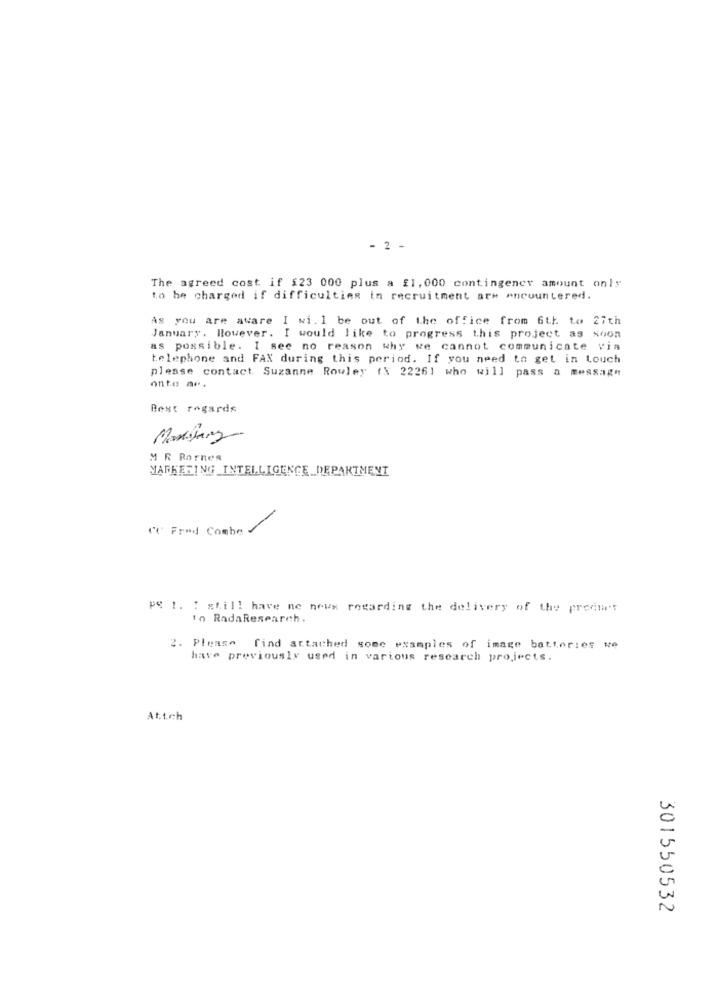
- 2 -
The agreed cost if $23 000 plus a £1, 000 contingency amount only
to be charged if difficulties in recruitment arm encountered.
As you are aware I wi. 1 be out of the office from 6th to 27th
January. However. I would like to progress this project as soon
as possible. I see no reason why we cannot communicate via
telephone and FAX during this period. If you need to get in touch
please contact. Suzanne Rowley (X 22261 who will pass a message
onto ae.
Best regards
MR Bornes
MARKETING INTELLIGENCE_DEPARTMENT
"℃ Fred Combe
PR t. I still have ne news regarding the delivery of the preenet
10 RadaResearch.
2. Please find attached some examples of image batteries we
have previously used in vartous research projects.
Attrh
301550532